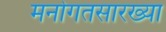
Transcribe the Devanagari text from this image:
मनोगतसारख्या